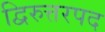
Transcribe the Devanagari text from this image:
द्विरुत्तरपद